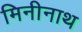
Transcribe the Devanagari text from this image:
मिनीनाथ